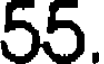
55.